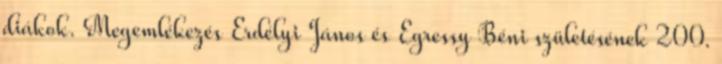
diákok. Megemlékezés Erdélyi János és Egressy Béni születésének 200.